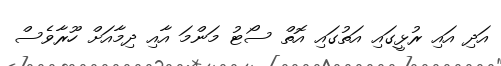
އަދި އައި ރުޅީގައި އަތުގައި އޮތް ސޯޓު މަންމަ އާއި ދިމާއަށް ހޫރާވެސް